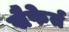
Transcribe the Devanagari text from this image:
सैफेर्त